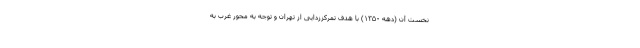
نخست آن (دهه ۱۳۵۰) با هدف تمرکززدایی از تهران و توجه به محور غرب به